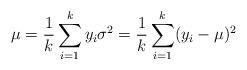
LaTeX: \begin{align*}\mu = \frac 1k \sum_{i=1}^k y_i \sigma^2 = \frac 1k \sum_{i=1}^k (y_i-\mu)^2\end{align*}